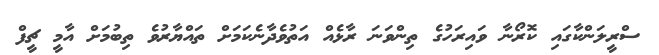
ސްރީލަންކާގައި ކޮރޯނާ ވައިރަހުގެ ތިންވަނަ ރާޅެއް އަތުވެދާނެކަމަށް ތައްޔާރުވެ ތިބުމަށް އާމީ ޗީފް